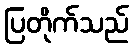
ပြတိုက်သည်